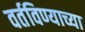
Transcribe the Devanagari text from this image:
वर्तविण्याच्या